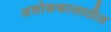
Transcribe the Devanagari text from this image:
अशोककालातील